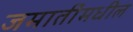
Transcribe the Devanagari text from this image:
जमातींमधील